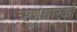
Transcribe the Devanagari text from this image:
ऋणधारकों